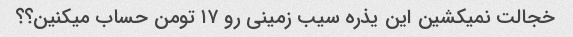
خجالت نمیکشین این یذره سیب زمینی رو ۱۷ تومن حساب میکنین؟؟